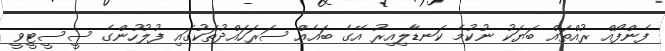
ފެންފޯއް ރުއްތައް ބަޔަކު ނުކުމެ ކަނޑާލިއިރު އޭގެ ބައެއް ސަރަހައްދުތަކުގައި ފުލުހުންގެ ސީސީޓީވީ